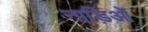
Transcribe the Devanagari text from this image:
नाड़िओं